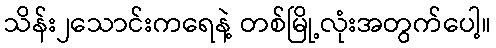
သိန်း၂သောင်းကရေနဲ့ တစ်မြို့လုံးအတွက်ပေါ့။